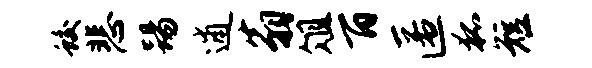
蛟悲踢逋翁俎百匿狐短